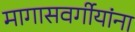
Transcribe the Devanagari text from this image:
मागासवर्गीयांना